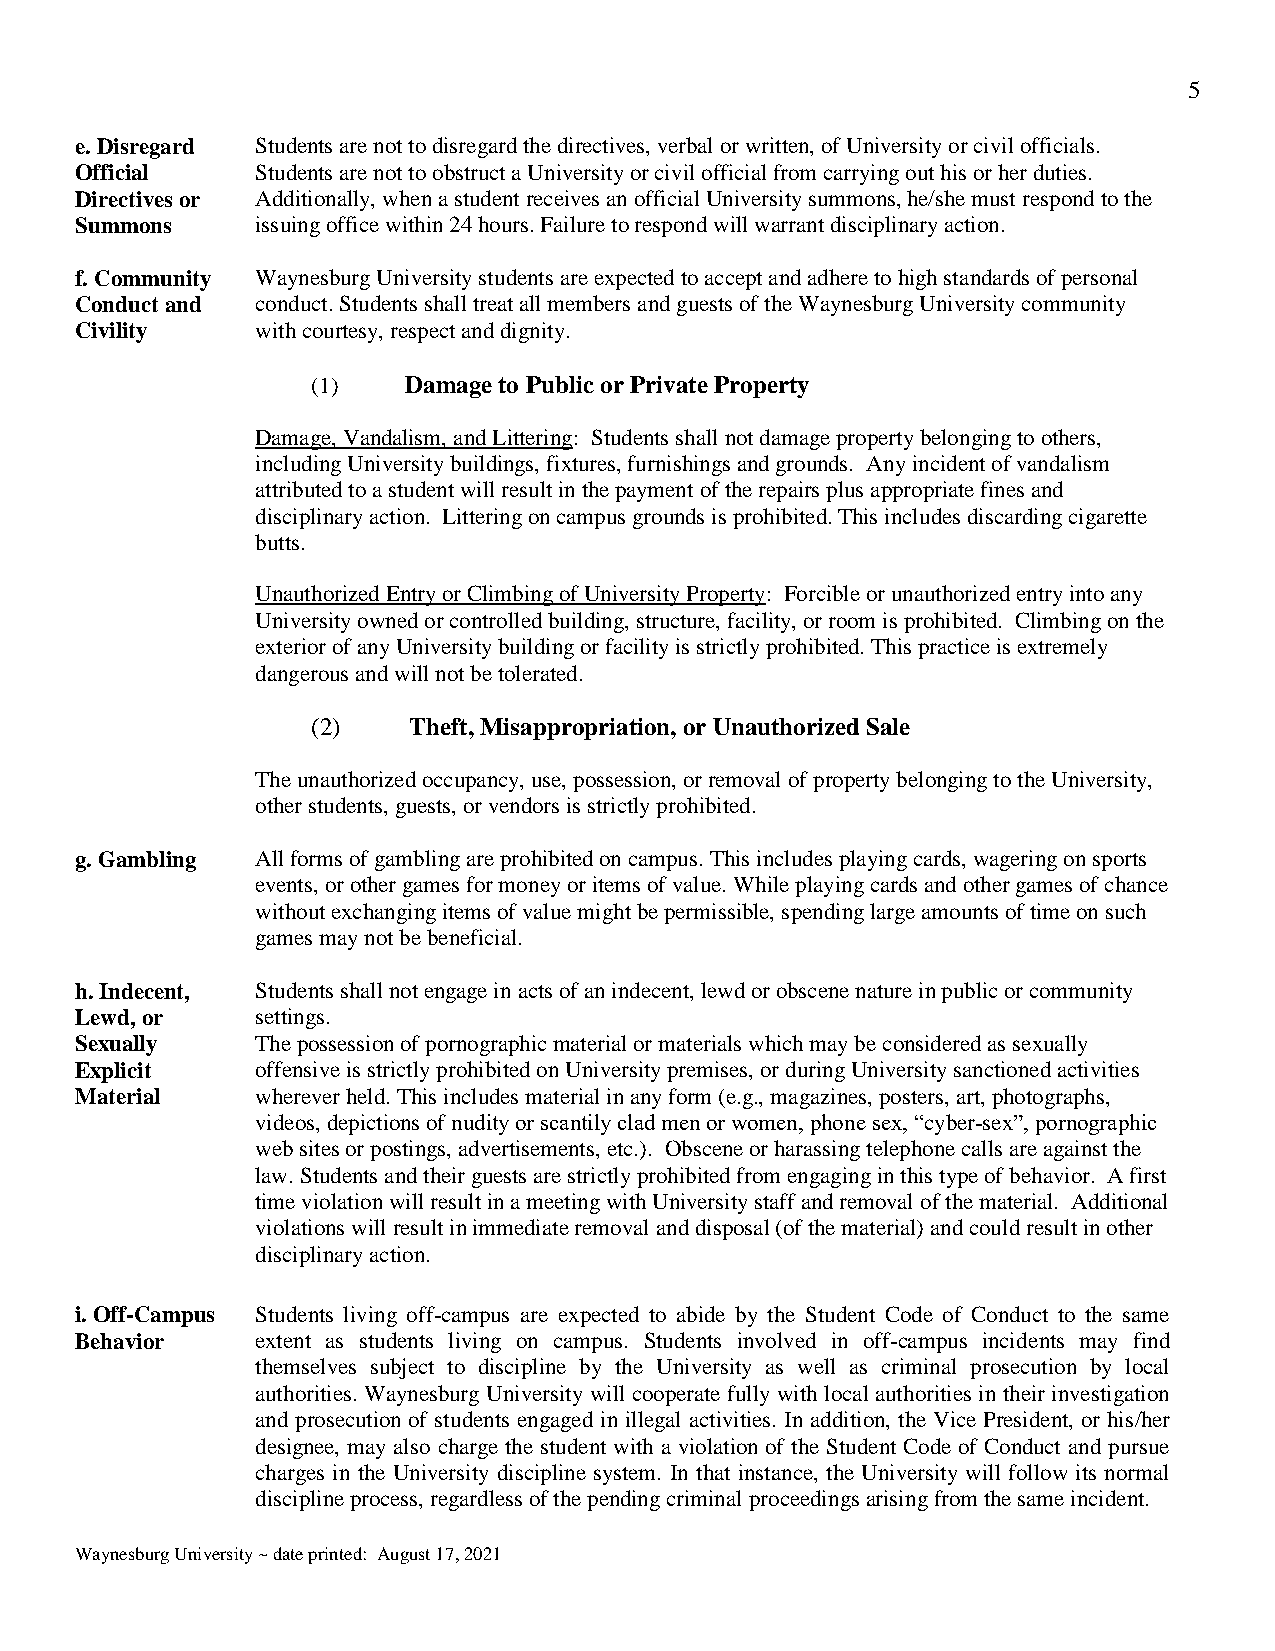
5
 e. Disregard Students are not to disregard the directives, verbal or written, of University or civil officials.
 Official    Students are not to obstruct a University or civil official from carrying out his or her duties.
 Directives or Additionally, when a student receives an official University summons, he/she must respond to the
 Summons     issuing office within 24 hours. Failure to respond will warrant disciplinary action.
 f. Community Waynesburg University students are expected to accept and adhere to high standards of personal
 Conduct and conduct. Students shall treat all members and guests of the Waynesburg University community
 Civility    with courtesy, respect and dignity.
 (1)   Damage to Public or Private Property
 Damage, Vandalism, and Littering: Students shall not damage property belonging to others,
 including University buildings, fixtures, furnishings and grounds. Any incident of vandalism
 attributed to a student will result in the payment of the repairs plus appropriate fines and
 disciplinary action. Littering on campus grounds is prohibited. This includes discarding cigarette
 butts.
 Unauthorized Entry or Climbing of University Property: Forcible or unauthorized entry into any
 University owned or controlled building, structure, facility, or room is prohibited. Climbing on the
 exterior of any University building or facility is strictly prohibited. This practice is extremely
 dangerous and will not be tolerated.
 (2)   Theft, Misappropriation, or Unauthorized Sale
 The unauthorized occupancy, use, possession, or removal of property belonging to the University,
 other students, guests, or vendors is strictly prohibited.
 g. Gambling All forms of gambling are prohibited on campus. This includes playing cards, wagering on sports
 events, or other games for money or items of value. While playing cards and other games of chance
 without exchanging items of value might be permissible, spending large amounts of time on such
 games may not be beneficial.
 h. Indecent, Students shall not engage in acts of an indecent, lewd or obscene nature in public or community
 Lewd, or    settings.
 Sexually    The possession of pornographic material or materials which may be considered as sexually
 Explicit    offensive is strictly prohibited on University premises, or during University sanctioned activities
 Material    wherever held. This includes material in any form (e.g., magazines, posters, art, photographs,
 videos, depictions of nudity or scantily clad men or women, phone sex, “cyber-sex”, pornographic
 web sites or postings, advertisements, etc.). Obscene or harassing telephone calls are against the
 law. Students and their guests are strictly prohibited from engaging in this type of behavior. A first
 time violation will result in a meeting with University staff and removal of the material. Additional
 violations will result in immediate removal and disposal (of the material) and could result in other
 disciplinary action.
 i. Off-Campus Students living off-campus are expected to abide by the Student Code of Conduct to the same
 Behavior    extent as students living on campus. Students involved in off-campus incidents may find
 themselves subject to discipline by the University as well as criminal prosecution by local
 authorities. Waynesburg University will cooperate fully with local authorities in their investigation
 and prosecution of students engaged in illegal activities. In addition, the Vice President, or his/her
 designee, may also charge the student with a violation of the Student Code of Conduct and pursue
 charges in the University discipline system. In that instance, the University will follow its normal
 discipline process, regardless of the pending criminal proceedings arising from the same incident.
 Waynesburg University ~ date printed: August 17, 2021